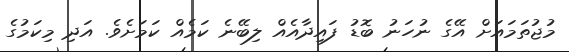
މުޖުތަމައަށް އޭގެ ނުހަނު ބޮޑު ފައިދާއެއް ލިބޭނެ ކަމެއް ކަމަށެވެ. އަދި މިކަމުގެ